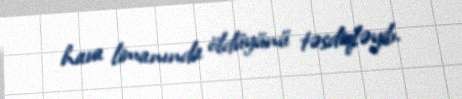
hava limanında öldüyünü təsdiqləyib.